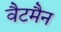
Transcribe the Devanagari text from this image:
वैटमैन